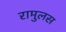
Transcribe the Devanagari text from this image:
रामुलस